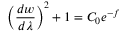
\left( \frac { d w } { d \lambda } \right) ^ { 2 } + 1 = C _ { 0 } e ^ { - f }